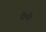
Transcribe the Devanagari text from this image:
रीनो